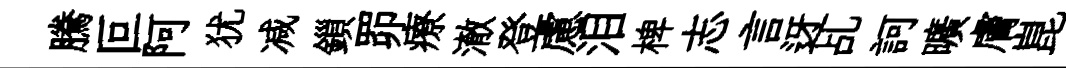
騰叵阿犹减鎻𦊑療澈登慮泪椑志言迓乩訶曠膚崑